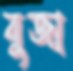
বুজা